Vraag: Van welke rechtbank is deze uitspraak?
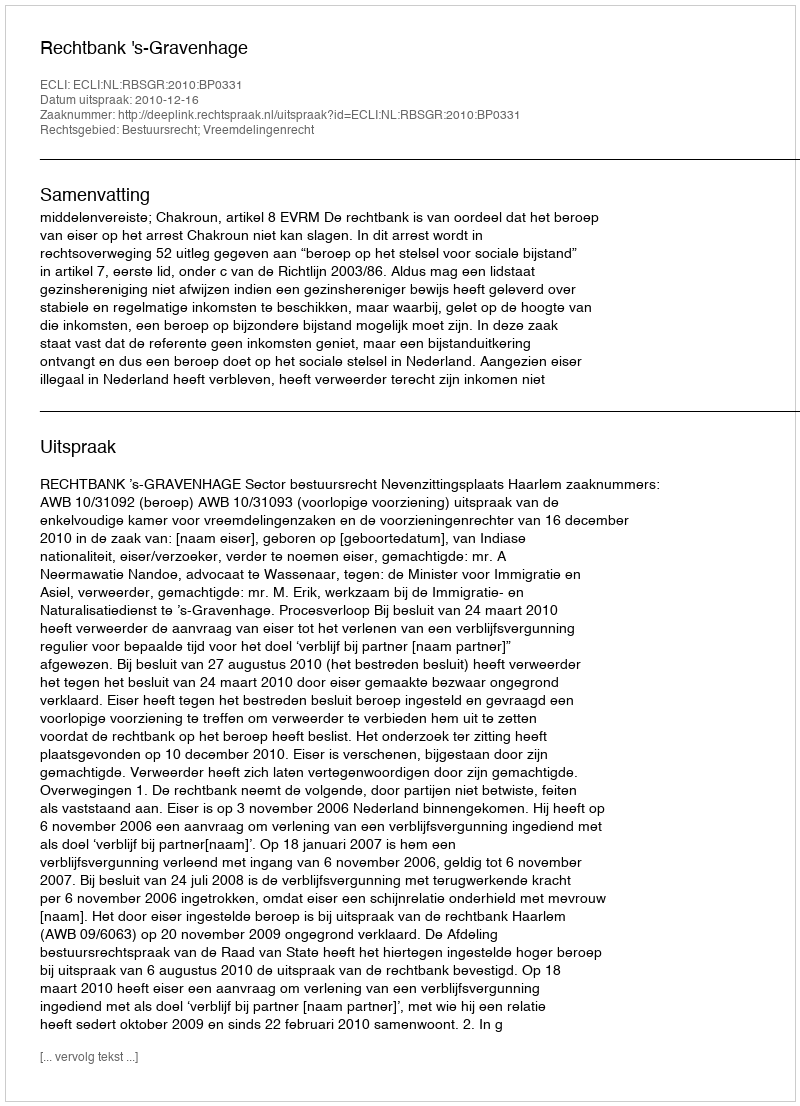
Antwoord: Rechtbank 's-Gravenhage